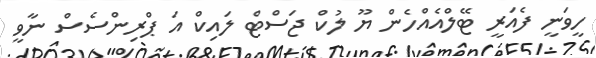
ހީވަނީ ފެއަރީ ޓޭލްއެއްހެން ޔޫ ލުކް ޖަސްޓް ލައިކް އަ ޕްރިންސެސް ނާވީ